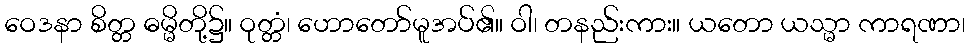
ဝေဒနာ စိတ္တ ဓမ္မိတို့၌။ ဝုတ္တံ၊ ဟောတော်မူအပ်၏။ ဝါ၊ တနည်းကား။ ယတော ယသ္မာ ကာရဏာ၊